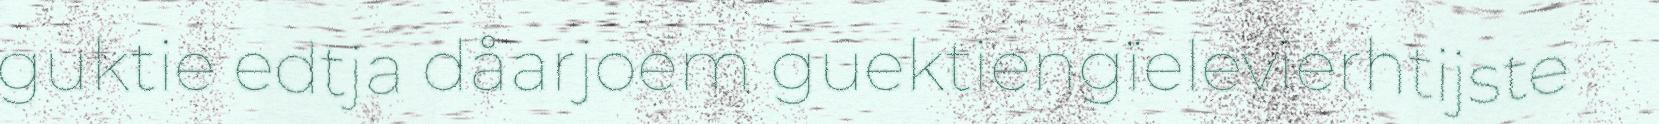
guktie edtja dåarjoem guektiengïelevierhtijste